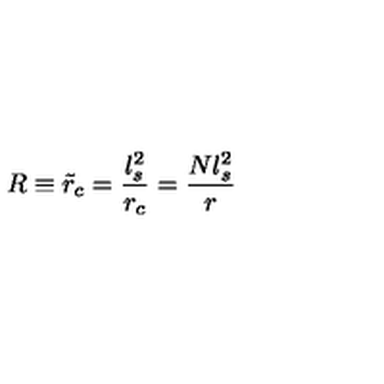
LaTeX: R \equiv \tilde { r } _ { c } = \frac { l _ { s } ^ { 2 } } { r _ { c } } = \frac { N l _ { s } ^ { 2 } } { r }